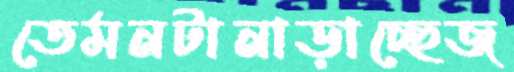
তেমনটানাড়াচ্ছেজ